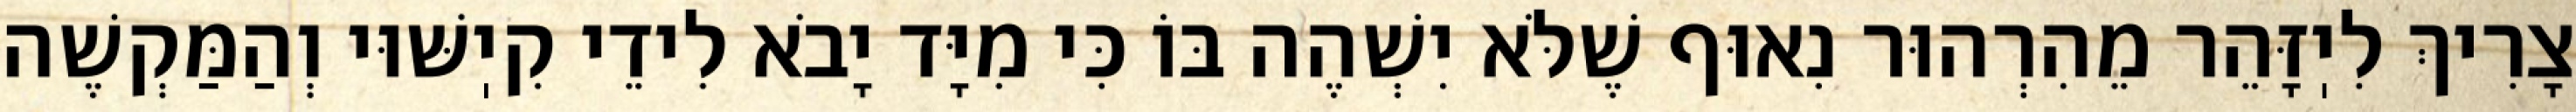
צָרִיךְ לִיֽזָּהֵר מֵהִרְהוּר נִאוּף שֶׁלֹּא יִשְׁהֶה בּוֹ כִּי מִיָּד יָבֹא לִידֵי קִיֽשּׁוּי וְהַמַּקְשֶׁה